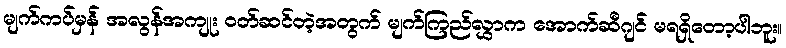
မျက်ကပ်မှန် အလွန်အကျုး ဝတ်ဆင်တဲ့အတွက် မျက်ကြည်လွှာက အောက်ဆီဂျင် မရရှိတော့ပါဘူး။